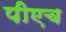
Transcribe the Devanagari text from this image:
पीएच